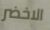
الاخضر